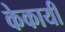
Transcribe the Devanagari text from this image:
केकायी